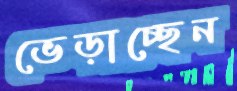
ভেড়াচ্ছেন